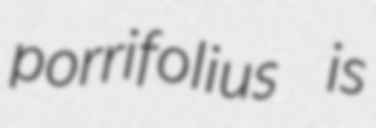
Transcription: porrifolius is